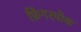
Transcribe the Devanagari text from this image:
फ़िंगरपोक